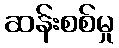
ဆန်းစစ်မှု